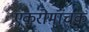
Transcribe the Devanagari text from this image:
एकरोमांचक